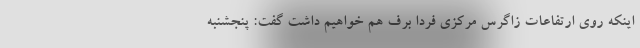
اینکه روی ارتفاعات زاگرس مرکزی فردا برف هم خواهیم داشت گفت: پنجشنبه